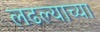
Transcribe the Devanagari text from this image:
लढल्याच्या